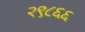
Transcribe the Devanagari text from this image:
२९८६६